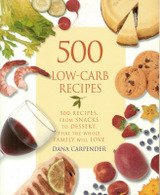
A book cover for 500 Low-carb Recipes - 500 Recipes, From Snacks To Dessert, That The Whole Family Will Love (500 Recipes, from Snacks to Dessert); Dana Carpender; Cookbooks, Food & Wine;